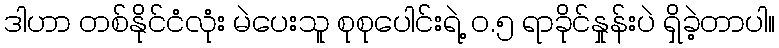
ဒါဟာ တစ်နိုင်ငံလုံး မဲပေးသူ စုစုပေါင်းရဲ့ ၀.၅ ရာခိုင်နှုန်းပဲ ရှိခဲ့တာပါ။